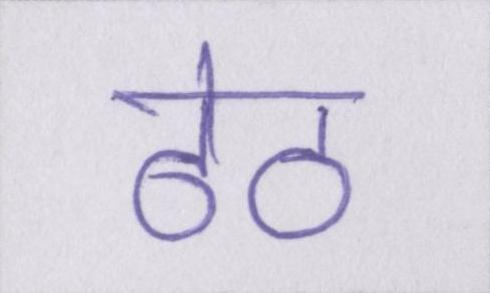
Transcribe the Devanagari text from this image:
ठेठ